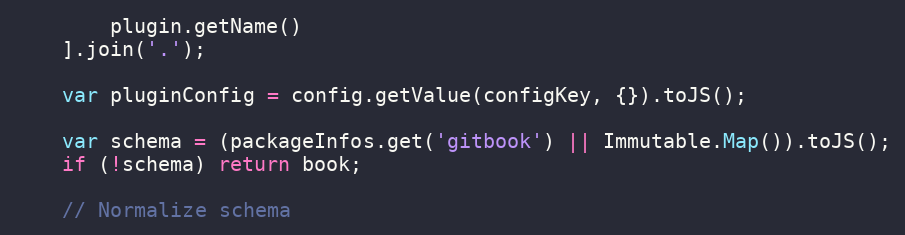
Language: JavaScript
        plugin.getName()
    ].join('.');

    var pluginConfig = config.getValue(configKey, {}).toJS();

    var schema = (packageInfos.get('gitbook') || Immutable.Map()).toJS();
    if (!schema) return book;

    // Normalize schema